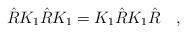
LaTeX: \begin{align*}\hat{R} K_{1} \hat{R} K_{1} = K_{1} \hat{R} K_{1} \hat{R} \quad ,\end{align*}